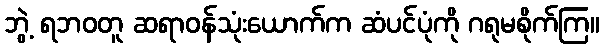
ဘွဲ့ ရဘဝတူ ဆရာဝန်သုံးယောက်က ဆံပင်ပုံကို ဂရုမစိုက်ကြ။